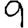
Digit: 9